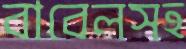
বাবেলসহ